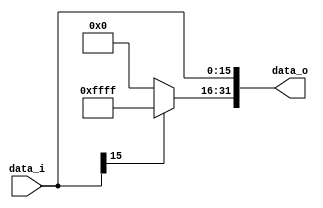
//109550085
`timescale 1ns / 1ps
//////////////////////////////////////////////////////////////////////////////////
// Company: 
// Engineer: 
// 
// Design Name: 
// Module Name: Sign_Extend
// Project Name: 
// Target Devices: 
// Tool Versions: 
// Description: 
// 
// Dependencies: 
// 
// Revision:
// Revision 0.01 - File Created
// Additional Comments:
// 
//////////////////////////////////////////////////////////////////////////////////


module Sign_Extend(
    data_i,
    data_o
    );
    
//I/O ports
input   [16-1:0] data_i;
output  [32-1:0] data_o;

//Internal Signals
reg     [32-1:0] data_o;

//Sign extended
always @(*)
begin
    data_o[15:0] = data_i;
    data_o[31:16] = (data_i[15] == 1'b1) ? 16'b1111111111111111:16'b0;
end
endmodule